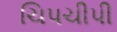
ચિપચીપી